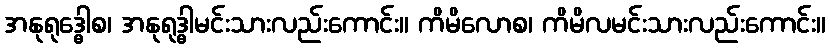
အနုရုဒ္ဓေါစ၊ အနုရုဒ္ဓါမင်းသားလည်းကောင်း။ ကိမိလောစ၊ ကိမိလမင်းသားလည်းကောင်း။